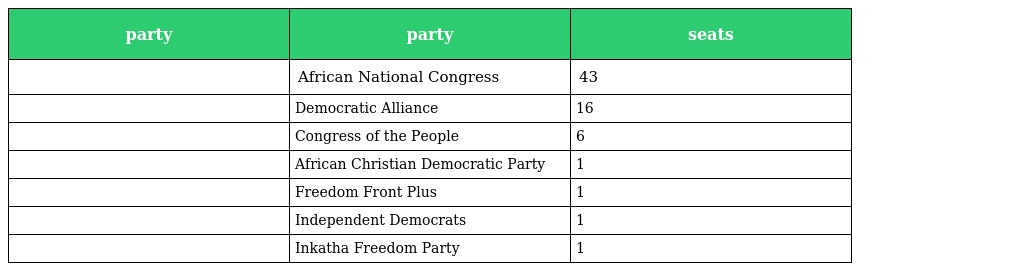
| party | party | seats |
 | --- | --- | --- |
 |  | African National Congress | 43 |
 |  | Democratic Alliance | 16 |
 |  | Congress of the People | 6 |
 |  | African Christian Democratic Party | 1 |
 |  | Freedom Front Plus | 1 |
 |  | Independent Democrats | 1 |
 |  | Inkatha Freedom Party | 1 |